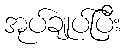
အုပ်ချုပ်ပြီး